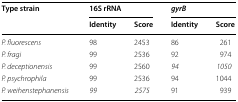
<table><thead><tr><td rowspan="2"><b>Type strain</b></td><td colspan="2"><b>16S rRNA</b></td><td colspan="2"><b><i>gyrB</i></b></td></tr><tr><td><b>Identity</b></td><td><b>Score</b></td><td><b>Identity</b></td><td><b>Score</b></td></tr></thead><tbody><tr><td><i>P. fluorescens</i></td><td>98</td><td>2453</td><td>86</td><td>261</td></tr><tr><td><i>P. fragi</i></td><td>99</td><td>2536</td><td>92</td><td>974</td></tr><tr><td><i>P. deceptionensis</i></td><td>99</td><td>2560</td><td><i>94</i></td><td><i>1050</i></td></tr><tr><td><i>P. psychrophila</i></td><td>99</td><td>2536</td><td>94</td><td>1044</td></tr><tr><td><i>P. weihenstephanensis</i></td><td><i>99</i></td><td><i>2575</i></td><td>91</td><td>939</td></tr></tbody></table>